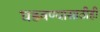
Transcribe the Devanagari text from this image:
घडवण्यासाठीही